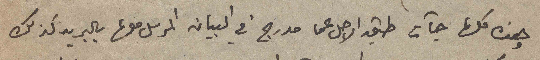
وهذه كلها جآت طبق الاصل كما مدرج في البيان المرسل معها بالبريد كذلك